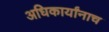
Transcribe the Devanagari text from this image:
अधिकार्यांनाच